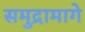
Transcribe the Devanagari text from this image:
समुद्रामागे